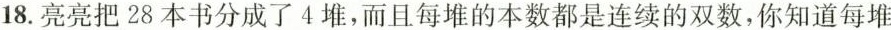
18.亮亮把28本书分成了4堆，而且每堆的本数都是连续的双数，你知道每堆